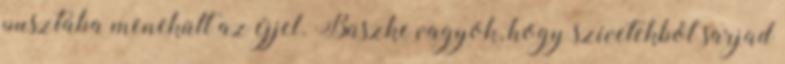
pusztába menekült az éjjel. Büszke vagyok, hogy szívetekből sarjad